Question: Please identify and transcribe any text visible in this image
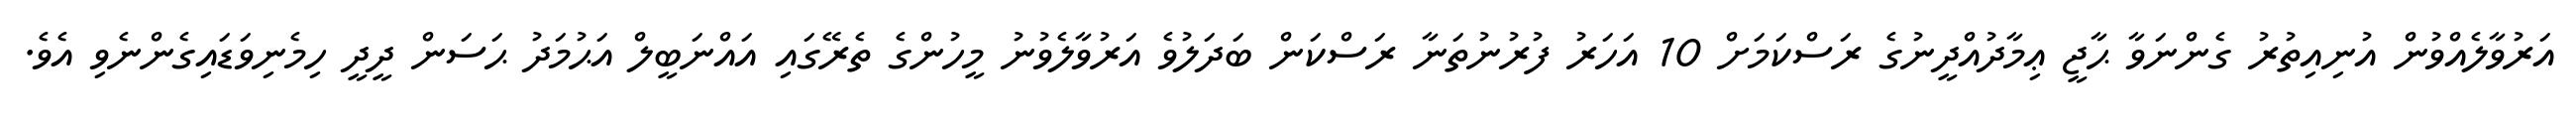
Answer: އަރުވާލެއްވުން އުނިއިތުރު ގެންނަވާ ޙާޖީ ޢިމާދުއްދީނުގެ ރަސްކަމަށް 10 އަހަރު ފުރުނުތަނާ ރަސްކަން ބަދަލުވެ އަރުވާލެވުނު މީހުންގެ ތެރޭގައި އައްނަބީލް އަޙުމަދު ޙަސަން ދީދީ ހިމެނިވަޑައިގެންނެވި އެވެ.